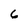
Character: 6